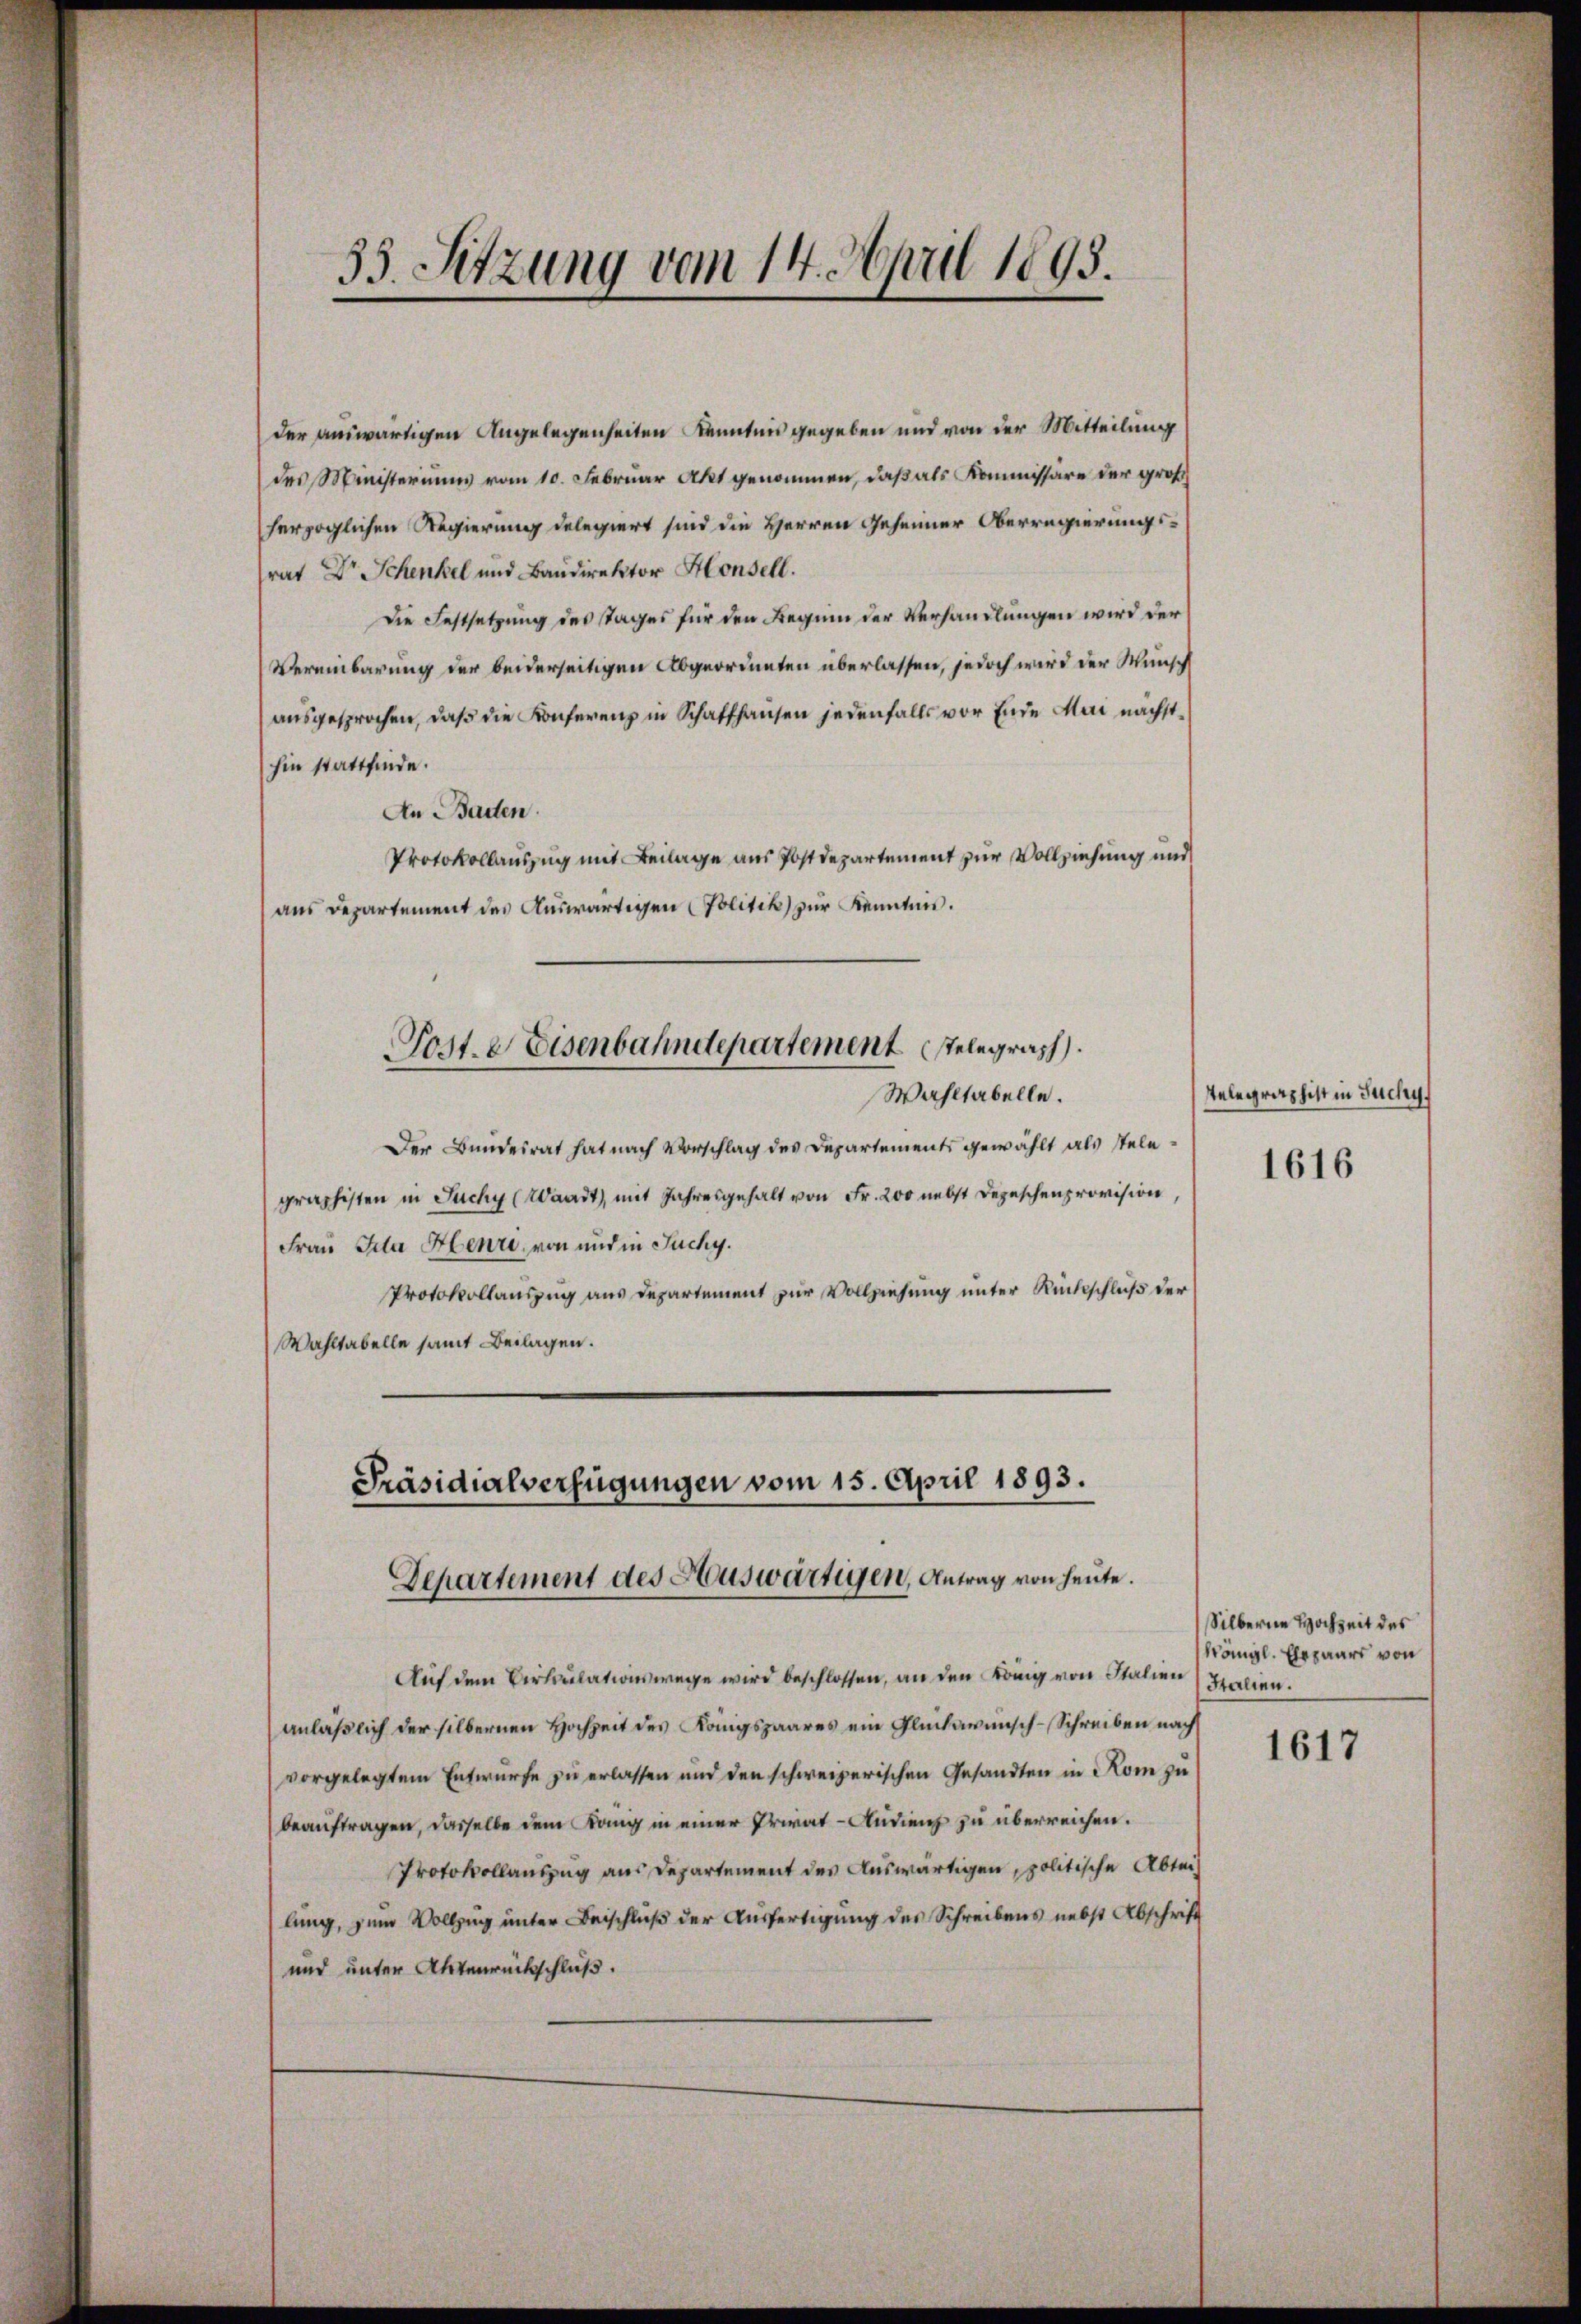
33. Sitzung vom 14. April 1895.

der auswärtigen Angelegenheiten Kenntnis gegeben und von der Mitteilung
des Ministeriums vom 10. Februar Akt genommen, daß als Kommissäre der groß
herzoglichen Regierung delegiert sind die Herren Geheimer Oberregierungsrat Dr Schenkel und Baudirektor Honsell.
die Festsetzung des Tages für den Beginn der Verhandlungen wird der
Vereinbarung der beiderseitigen Abgeordneten überlassen, jedoch wird der Wunsch
ausgesprochen, daß die Konferenz in Schaffhausen jedenfalls vor Ende Mai nächsthin stattfinde.
An Barten.
Protokollauszug mit Beilage aus Postdepartement zur Vollziehung und
aus Departement des Auswärtigen Politik zur Kennten.
Wahltabelle.
Der Bundesrat hat nach Vorschlag des Departements gewählt als stelegraphisten in Juchy (Waadt, mit Jahresgehalt von Fr. 200 nebst Depeschenprovision,
Frau Gela Henri, von und in Juchy.
Protokollauszug aus Departement zur Vollziehung unter Rückschluß der
Wahltabelle samt Beilagen.
Präsidialverfügungen vom 15. April 1893.
Departement des Auswärtigen, Antrag von heute.
Auf dem Cirkulationswege wird beschlossen, an den König von Italien
anläßlich der silbernen Hochzeit des Königspaares ein Glückwünsch-Schreiben nach
vorgelegtem Entwurfe zu erlassen und den schweizerischen Gesandten in Rom zu
beauftragen, dasselbe dem Rang in einer Privat-Audiens zu überreichen.
Protokollauszug aus Departement des Auswärtigen, politische Abtei
lung, zum Vollzug unter Beischluß der Ausfertigung des Schreibens nebst Abschrift
und unter Aktenrückschluß.

Post. Eisenbahndepartement stelegraph

Telegraphist in Juchy,

1616

Silberne Hochzeit des
Königl. Ehepaart von
Stalien.

1617